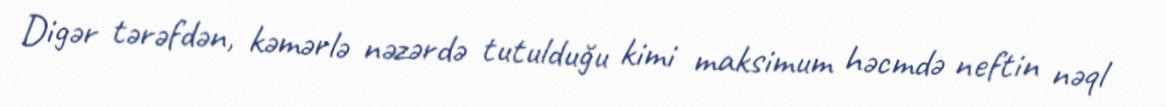
Digər tərəfdən, kəmərlə nəzərdə tutulduğu kimi maksimum həcmdə neftin nəql